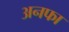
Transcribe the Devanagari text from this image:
अनफा